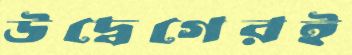
উদ্বেগেরই